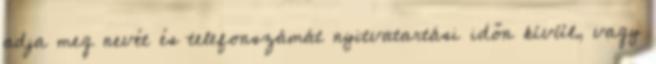
adja meg nevét és telefonszámát nyitvatartási időn kívül, vagy